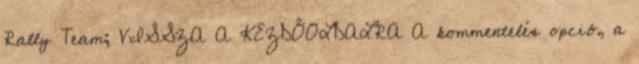
Rally Team; VISSZA A KEZDŐOLDALRA A kommentelés opció, a